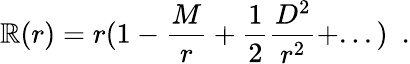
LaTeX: \mathbb{R}(r)=r(1-{\frac{{M}}{{r}}}+\frac{{1}}{{2}}{\frac{{D^{2}}}{{r^{2}}}}+...)~~.